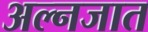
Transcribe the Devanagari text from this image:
अल्नजात